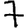
Digit: 7